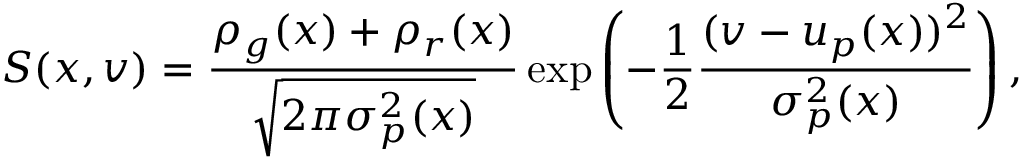
S ( x , v ) = \frac { \rho _ { g } ( x ) + \rho _ { r } ( x ) } { \sqrt { 2 \pi \sigma _ { p } ^ { 2 } ( x ) } } \exp \left( - \frac { 1 } { 2 } \frac { ( v - u _ { p } ( x ) ) ^ { 2 } } { \sigma _ { p } ^ { 2 } ( x ) } \right) ,